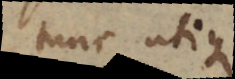
tunc utique